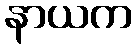
နာယက